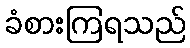
ခံစားကြရသည်